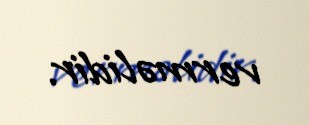
verməlidir.